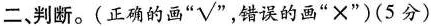
二、判断。(正确的画“√” 错误的画“×”)(5分)